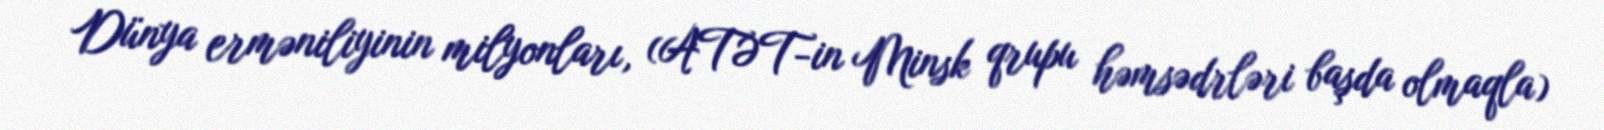
Dünya erməniliyinin milyonları, (ATƏT-in Minsk qrupu həmsədrləri başda olmaqla)